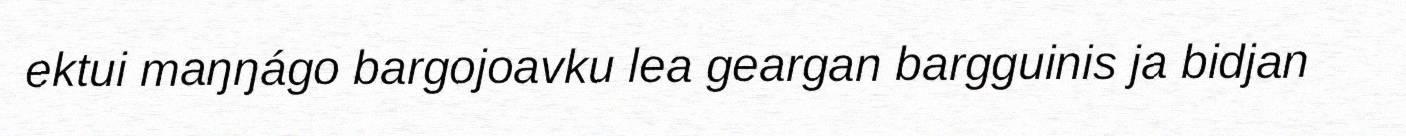
ektui maŋŋágo bargojoavku lea geargan bargguinis ja bidjan